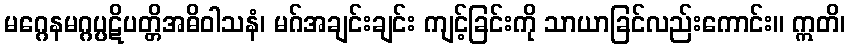
မဂ္ဂေနမဂ္ဂပ္ပဋိပတ္တိအဓိဝါသနံ၊ မဂ်အချင်းချင်း ကျင့်ခြင်းကို သာယာခြင်လည်းကောင်း။ ဣတိ၊